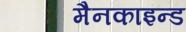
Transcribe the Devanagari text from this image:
मैनकाइन्ड